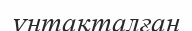
үнтақталған